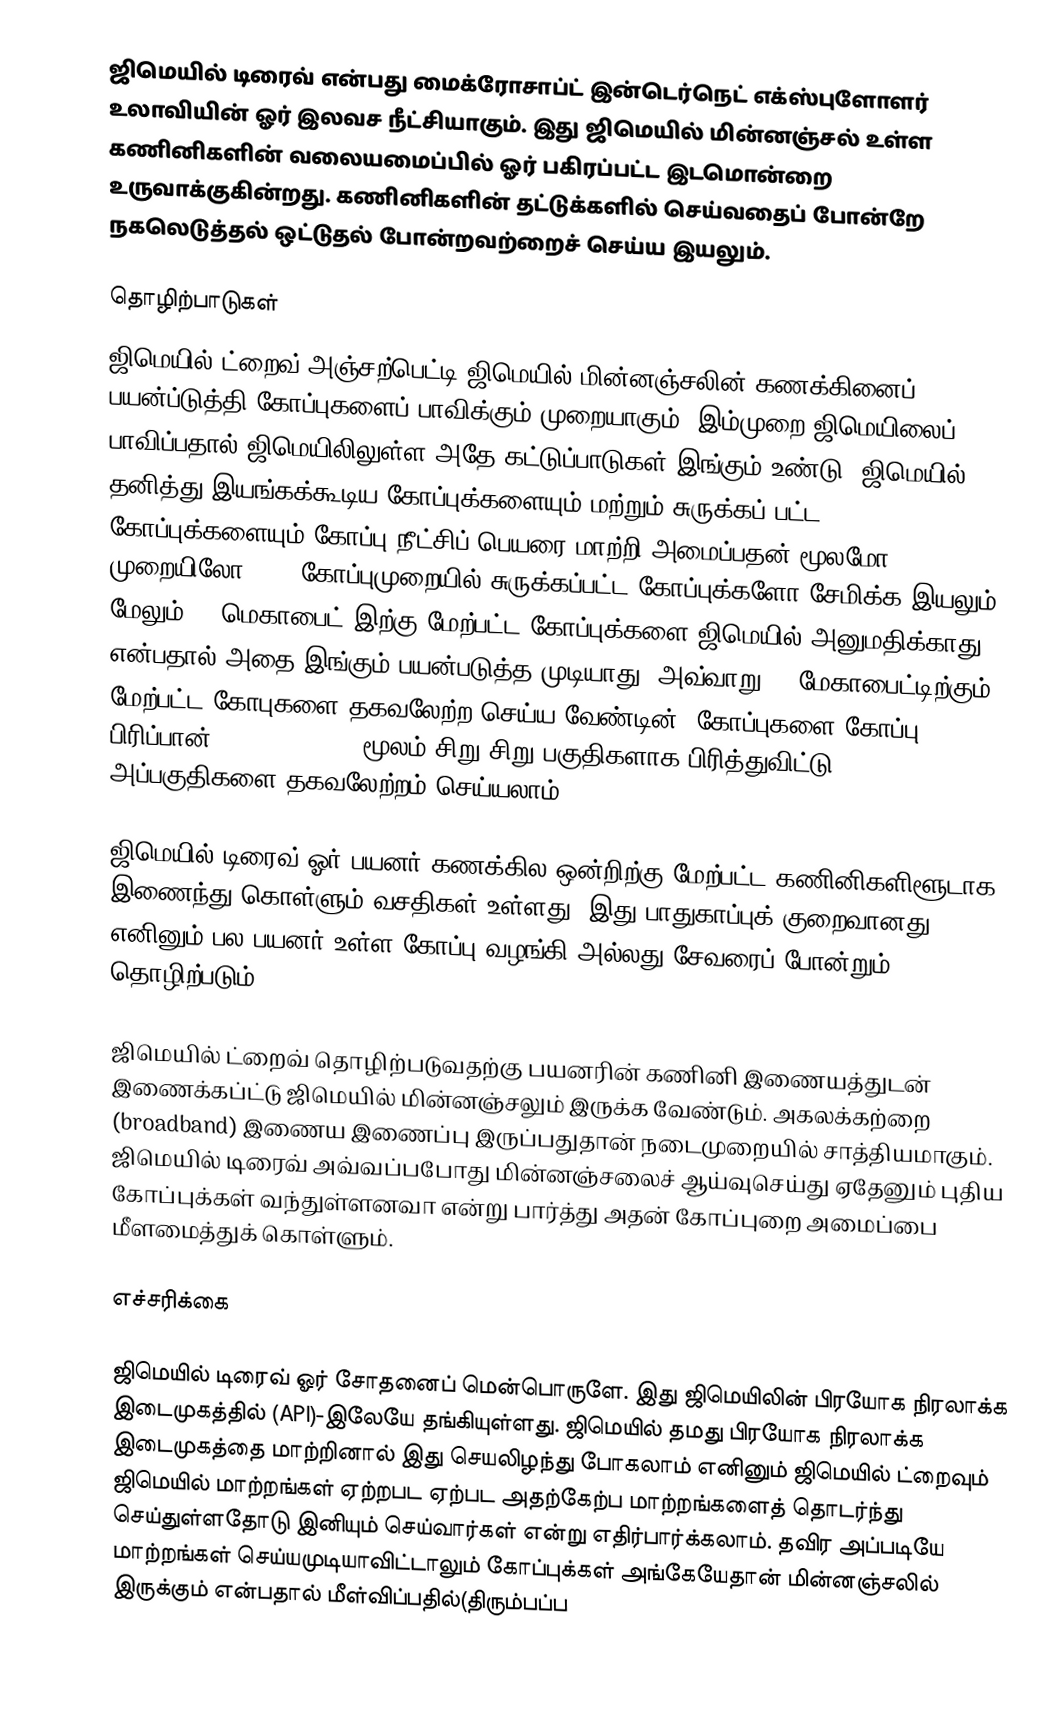
ஜிமெயில் டிரைவ் என்பது மைக்ரோசாப்ட் இன்டெர்நெட் எக்ஸ்புளோளர் உலாவியின் ஓர் இலவச நீட்சியாகும். இது ஜிமெயில் மின்னஞ்சல் உள்ள கணினிகளின் வலையமைப்பில் ஓர் பகிரப்பட்ட இடமொன்றை உருவாக்குகின்றது. கணினிகளின் தட்டுக்களில் செய்வதைப் போன்றே நகலெடுத்தல் ஒட்டுதல் போன்றவற்றைச் செய்ய இயலும்.

தொழிற்பாடுகள்
ஜிமெயில் ட்றைவ் அஞ்சற்பெட்டி ஜிமெயில் மின்னஞ்சலின் கணக்கினைப் பயன்ப்டுத்தி கோப்புகளைப் பாவிக்கும் முறையாகும். இம்முறை ஜிமெயிலைப் பாவிப்பதால் ஜிமெயிலிலுள்ள அதே கட்டுப்பாடுகள் இங்கும் உண்டு. ஜிமெயில் தனித்து இயங்கக்கூடிய கோப்புக்களையும் மற்றும் சுருக்கப் பட்ட கோப்புக்களையும் கோப்பு நீட்சிப் பெயரை மாற்றி அமைப்பதன் மூலமோ RAR முறையிலோ 7ZIP கோப்புமுறையில் சுருக்கப்பட்ட கோப்புக்களோ சேமிக்க இயலும். மேலும் 20 மெகாபைட் இற்கு மேற்பட்ட கோப்புக்களை ஜிமெயில் அனுமதிக்காது என்பதால் அதை இங்கும் பயன்படுத்த முடியாது. அவ்வாறு 20 மேகாபைட்டிற்கும் மேற்பட்ட கோபுகளை தகவலேற்ற செய்ய வேண்டின், கோப்புகளை கோப்பு பிரிப்பான்(File Splitter) மூலம் சிறு சிறு பகுதிகளாக பிரித்துவிட்டு, அப்பகுதிகளை தகவலேற்றம் செய்யலாம்

ஜிமெயில் டிரைவ் ஓர் பயனர் கணக்கில ஒன்றிற்கு மேற்பட்ட கணினிகளிளூடாக இணைந்து கொள்ளும் வசதிகள் உள்ளது. இது பாதுகாப்புக் குறைவானது எனினும் பல பயனர் உள்ள கோப்பு வழங்கி அல்லது சேவரைப் போன்றும் தொழிற்படும்.

ஜிமெயில் ட்றைவ் தொழிற்படுவதற்கு பயனரின் கணினி இணையத்துடன் இணைக்கப்ட்டு ஜிமெயில் மின்னஞ்சலும் இருக்க வேண்டும். அகலக்கற்றை (broadband) இணைய இணைப்பு இருப்பதுதான் நடைமுறையில் சாத்தியமாகும். ஜிமெயில் டிரைவ் அவ்வப்பபோது மின்னஞ்சலைச் ஆய்வுசெய்து ஏதேனும் புதிய கோப்புக்கள் வந்துள்ளனவா என்று பார்த்து அதன் கோப்புறை அமைப்பை மீளமைத்துக் கொள்ளும்.

எச்சரிக்கை

ஜிமெயில் டிரைவ் ஓர் சோதனைப் மென்பொருளே. இது ஜிமெயிலின் பிரயோக நிரலாக்க இடைமுகத்தில் (API)-இலேயே தங்கியுள்ளது. ஜிமெயில் தமது பிரயோக நிரலாக்க இடைமுகத்தை மாற்றினால் இது செயலிழந்து போகலாம் எனினும் ஜிமெயில் ட்றைவும் ஜிமெயில் மாற்றங்கள் ஏற்றபட ஏற்பட அதற்கேற்ப மாற்றங்களைத் தொடர்ந்து செய்துள்ளதோடு இனியும் செய்வார்கள் என்று எதிர்பார்க்கலாம். தவிர அப்படியே மாற்றங்கள் செய்யமுடியாவிட்டாலும் கோப்புக்கள் அங்கேயேதான் மின்னஞ்சலில் இருக்கும் என்பதால் மீள்விப்பதில்(திரும்பப்ப